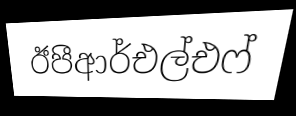
ඊපීආර්එල්එෆ්